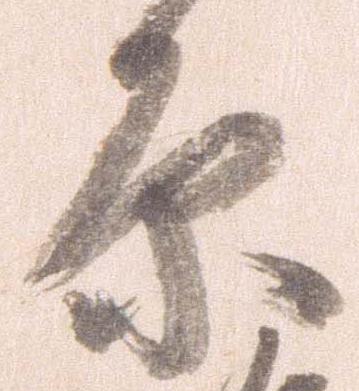
原